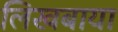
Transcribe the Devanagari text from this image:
लिखबाया